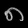
Digit: ၈